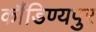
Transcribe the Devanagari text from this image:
कौंडिण्यपुर